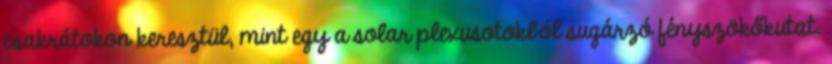
csakrátokon keresztül, mint egy a solar plexusotokból sugárzó fényszökőkutat.